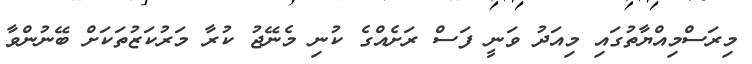
މިރަސްމިއްޔާތުގައި މިއަދު ވަނީ ފަސް ރަށެއްގެ ކުނި މެނޭޖު ކުރާ މަރުކަޒުތަކަށް ބޭނުންވާ